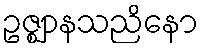
ဥဇ္ဈာနသညိနော